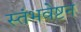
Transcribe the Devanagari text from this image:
स्तंभवेष्टन